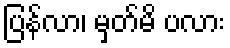
ပြန်လာ၊ မှတ်မိ ပလား